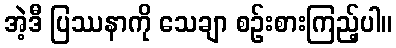
အဲ့ဒီ ပြဿနာကို သေချာ စဉ်းစားကြည့်ပါ။